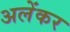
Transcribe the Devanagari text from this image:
अलेंकर